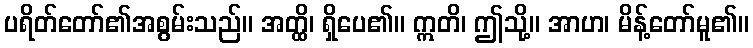
ပရိတ်တော်၏အစွမ်းသည်။ အတ္ထိ၊ ရှိပေ၏။ ဣတိ၊ ဤသို့။ အာဟ၊ မိန့်တော်မူ၏။